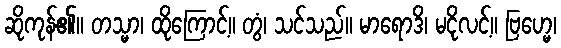
ဆိုကုန်၏။ တသ္မာ၊ ထိုကြောင့်။ တွံ၊ သင်သည်။ မာရောဒိ၊ မငိုလင့်။ ဗြဟ္မေ၊